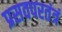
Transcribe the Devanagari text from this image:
प्रसवपरतंत्रं